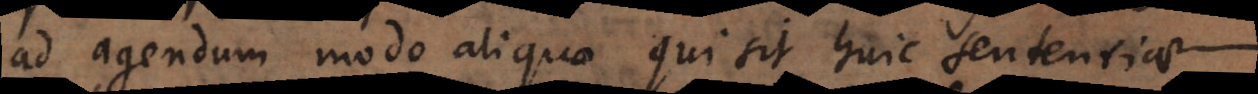
ad agendum modo aliquo qui sit huic sententiae